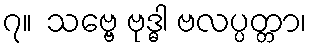
၇။  သဗ္ဗေ ဗုဒ္ဓါ ဗလပ္ပတ္တာ၊